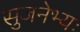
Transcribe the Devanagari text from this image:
सुजनेभ्यः